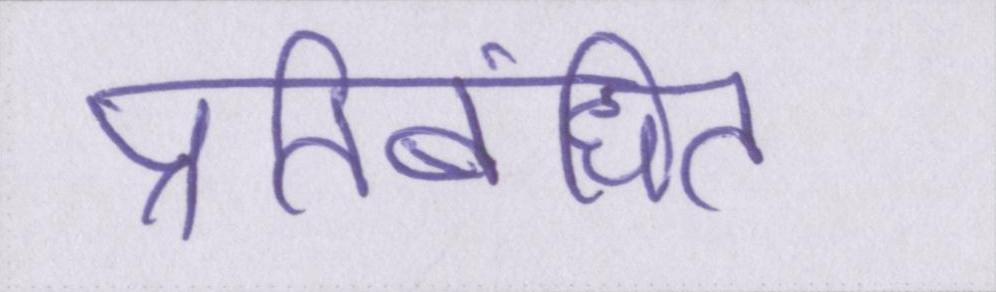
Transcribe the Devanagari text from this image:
प्रतिबंधित